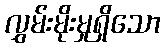
လွှမ်းမိုးမှုရှိသော